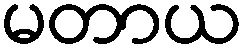
မတာယ